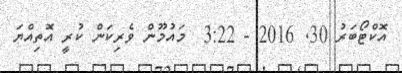
އޮކްޓޯބަރު 30